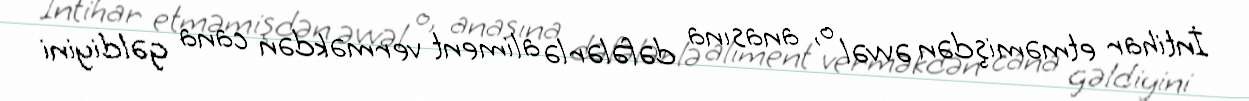
İntihar etməmişdən əvvəl o, anasına dəfələrlə aliment verməkdən cana gəldiyini